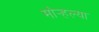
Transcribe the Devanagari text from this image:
मोर्‍हल्या